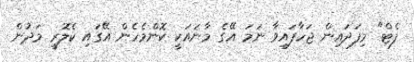
ފެޓް" މިފަދައިން ޖަހާފައިވާ ނަމަ އޭގެ މާނައަކީ ކޮންމެހެން އޭގައި ކެލޮރީ މަދުން